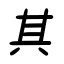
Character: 其